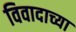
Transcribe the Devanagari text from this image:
विवादाच्या